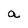
Character: a